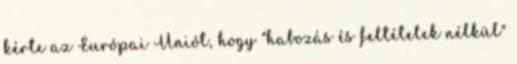
kérte az Európai Uniót, hogy "habozás és feltételek nélkül"